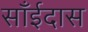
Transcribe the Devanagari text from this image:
साँईदास